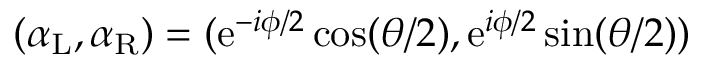
( \alpha _ { \mathrm { L } } , \alpha _ { \mathrm { R } } ) = ( \mathrm { e } ^ { - i \phi / 2 } \cos ( \theta / 2 ) , \mathrm { e } ^ { i \phi / 2 } \sin ( \theta / 2 ) )